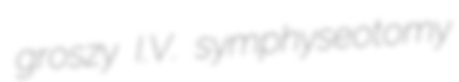
groszy I.V. symphyseotomy